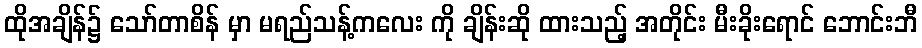
ထိုအချိန်၌ သော်တာစိန် မှာ မရည်သန့်ကလေး ကို ချိန်းဆို ထားသည့် အတိုင်း မီးခိုးရောင် ဘောင်းဘီ